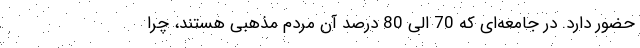
حضور دارد. در جامعه‌ای که 70 الی 80 درصد آن مردم مذهبی هستند، چرا